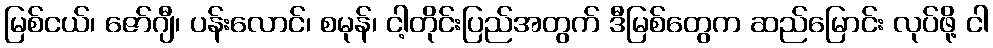
မြစ်ငယ်၊ ဇော်ဂျီ၊ ပန်းလောင်၊ စမုန်၊ ငါ့တိုင်းပြည်အတွက် ဒီမြစ်တွေက ဆည်မြောင်း လုပ်ဖို့ ငါ